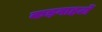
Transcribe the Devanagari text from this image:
कड़वाहटों